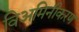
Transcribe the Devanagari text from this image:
विअमिनीकरण